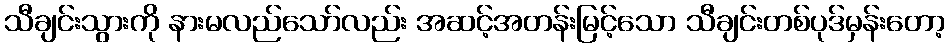
သီချင်းသွားကို နားမလည်သော်လည်း အဆင့်အတန်းမြင့်သော သီချင်းတစ်ပုဒ်မှန်းတော့